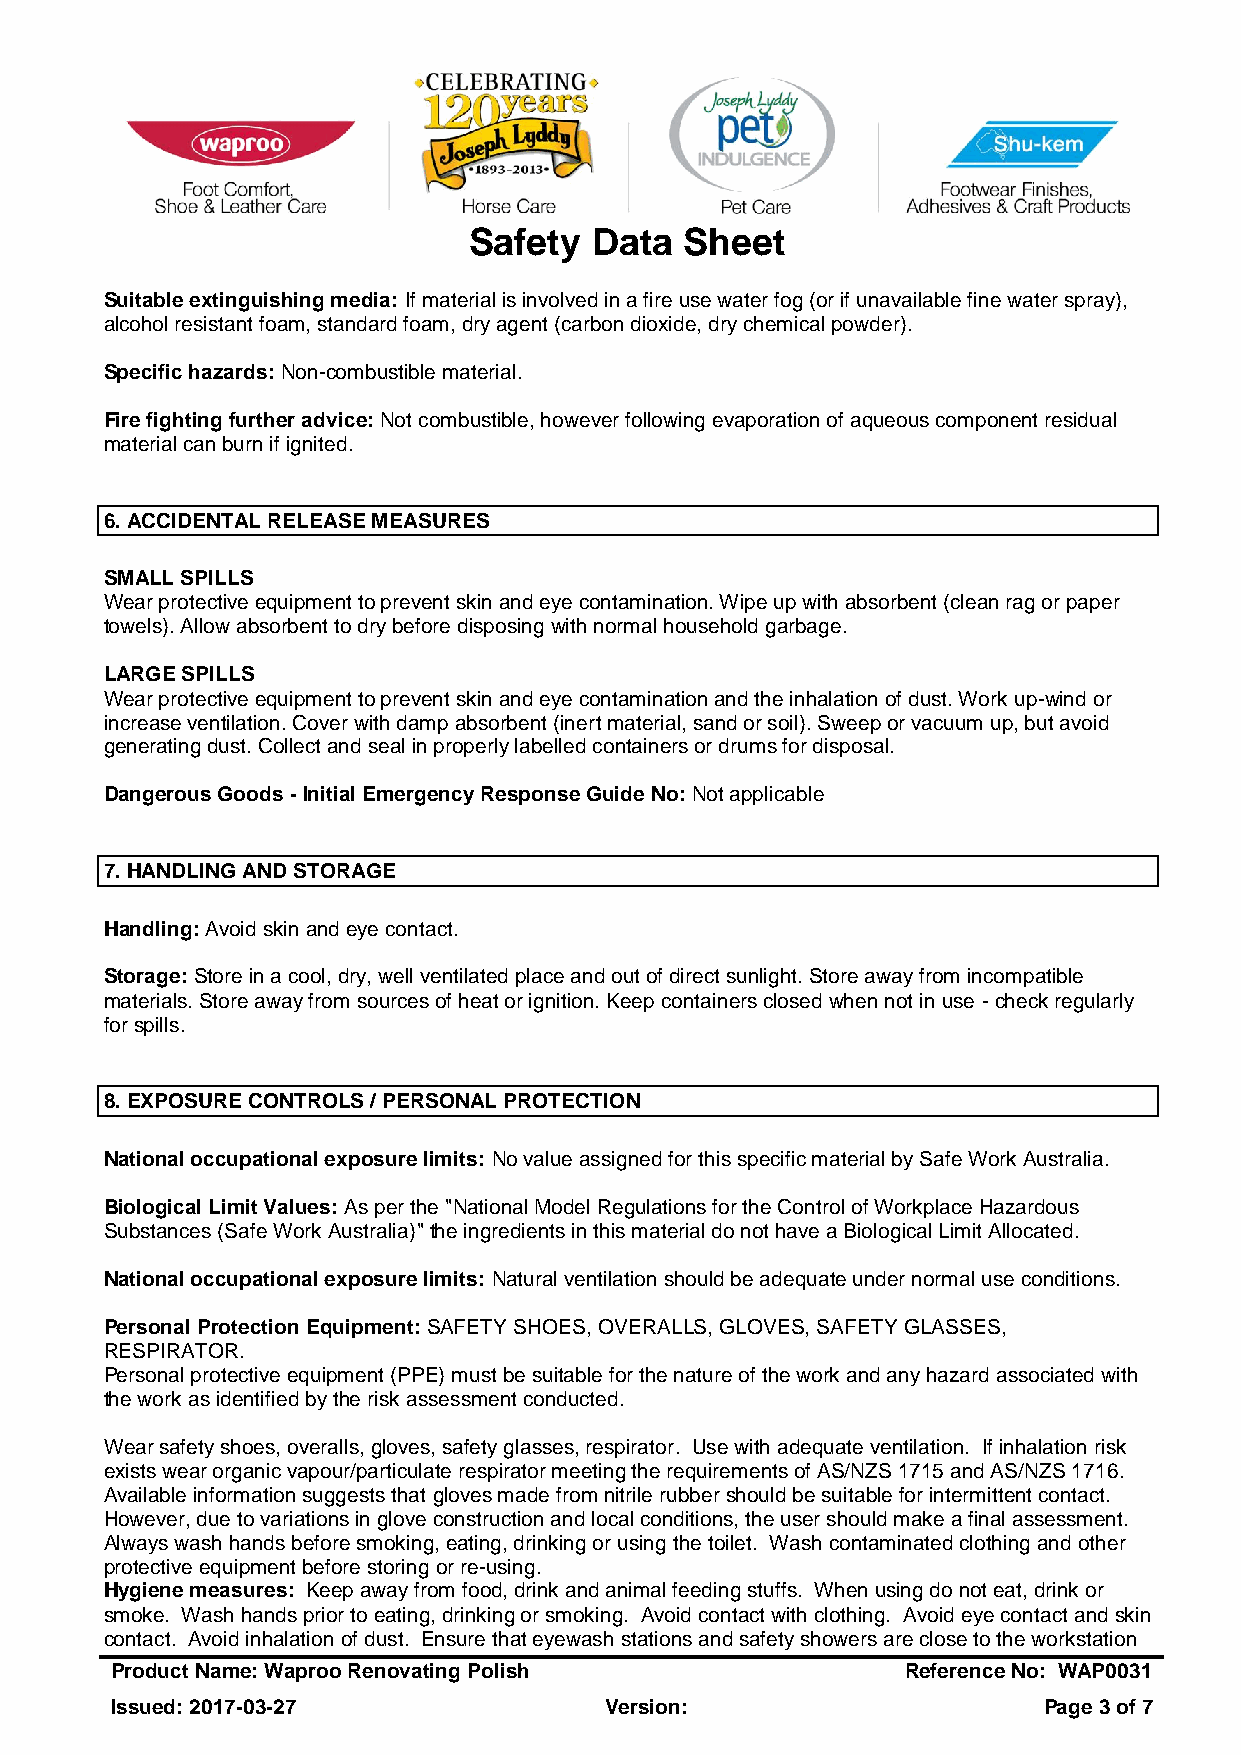
Safety  Data  Sheet
 Suitable extinguishing media: If material is involved in a fire use water fog (or if unavailable fine water spray),
 alcohol resistant foam, standard foam, dry agent (carbon dioxide, dry chemical powder).
 Specific hazards: Non-combustible material.
 Fire fighting further advice: Not combustible, however following evaporation of aqueous component residual
 material can burn if ignited.
 6. ACCIDENTAL RELEASE MEASURES
 SMALL SPILLS
 Wear protective equipment to prevent skin and eye contamination. Wipe up with absorbent (clean rag or paper
 towels). Allow absorbent to dry before disposing with normal household garbage.
 LARGE SPILLS
 Wear protective equipment to prevent skin and eye contamination and the inhalation of dust. Work up-wind or
 increase ventilation. Cover with damp absorbent (inert material, sand or soil). Sweep or vacuum up, but avoid
 generating dust. Collect and seal in properly labelled containers or drums for disposal.
 Dangerous Goods - Initial Emergency Response Guide No: Not applicable
 7. HANDLING AND STORAGE
 Handling: Avoid skin and eye contact.
 Storage: Store in a cool, dry, well ventilated place and out of direct sunlight. Store away from incompatible
 materials. Store away from sources of heat or ignition. Keep containers closed when not in use - check regularly
 for spills.
 8. EXPOSURE CONTROLS / PERSONAL PROTECTION
 National occupational exposure limits: No value assigned for this specific material by Safe Work Australia.
 Biological Limit Values: As per the "National Model Regulations for the Control of Workplace Hazardous
 Substances (Safe Work Australia)" the ingredients in this material do not have a Biological Limit Allocated.
 National occupational exposure limits: Natural ventilation should be adequate under normal use conditions.
 Personal Protection Equipment: SAFETY SHOES, OVERALLS, GLOVES, SAFETY GLASSES,
 RESPIRATOR.
 Personal protective equipment (PPE) must be suitable for the nature of the work and any hazard associated with
 the work as identified by the risk assessment conducted.
 Wear safety shoes, overalls, gloves, safety glasses, respirator. Use with adequate ventilation. If inhalation risk
 exists wear organic vapour/particulate respirator meeting the requirements of AS/NZS 1715 and AS/NZS 1716.
 Available information suggests that gloves made from nitrile rubber should be suitable for intermittent contact.
 However, due to variations in glove construction and local conditions, the user should make a final assessment.
 Always wash hands before smoking, eating, drinking or using the toilet. Wash contaminated clothing and other
 protective equipment before storing or re-using.
 Hygiene measures: Keep away from food, drink and animal feeding stuffs. When using do not eat, drink or
 smoke. Wash hands prior to eating, drinking or smoking. Avoid contact with clothing. Avoid eye contact and skin
 contact. Avoid inhalation of dust. Ensure that eyewash stations and safety showers are close to the workstation
 Product Name: Waproo Renovating Polish               Reference No: WAP0031
 Issued: 2017-03-27               Version:                     Page 3 of 7